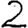
Digit: 2